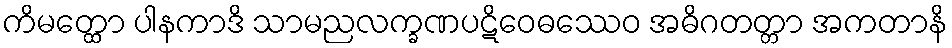
ကိမတ္ထော ပါနကာဒိ သာမညလက္ခဏပဋိဝေဓဿေဝ အဓိဂတတ္တာ အကတာနိ